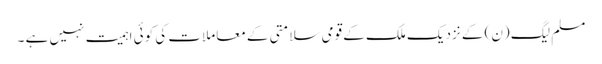
مسلم لیگ (ن) کے نزدیک ملک کے قومی سلامتی کے معاملات کی کوئی اہمیت نہیں ہے ۔